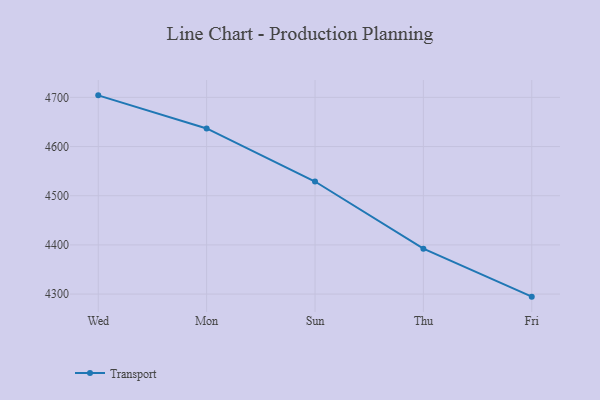
{"axis": {"x": "Day", "y": "Tickets Resolved"}, "legend": ["Transport"], "data": [{"x": "Wed", "y": 4704.1, "type": "Transport"}, {"x": "Mon", "y": 4636.8, "type": "Transport"}, {"x": "Sun", "y": 4528.9, "type": "Transport"}, {"x": "Thu", "y": 4392.3, "type": "Transport"}, {"x": "Fri", "y": 4294.8, "type": "Transport"}]}